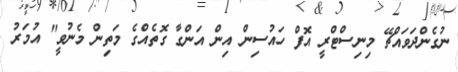
ނުގެންދަވައްޗޭ މިނިސްޓްރީ އޮފް ހައުސިން އިން އަންގާ ގޮތެއްގެ މަތިން މެނުވީ" އުމަރު